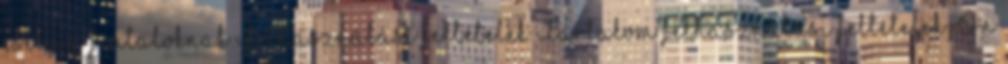
esély a fiataloknak Felhasználási feltételek Tartalom felhasználási feltételek Ön